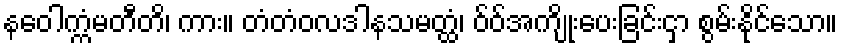
နဝေါက္ကံမတီတိ၊ ကား။ တံတံဝလဒါနသမတ္ထံ၊ ဝ်ဝ်အကျိုးပေးခြင်းငှာ စွမ်းနိုင်သော။